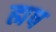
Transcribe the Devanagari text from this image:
ह्मष